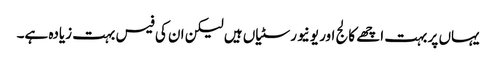
یہاں پر بہت اچھے کالج اور یونیورسٹیاں ہیں لیکن ان کی فیس بہت زیادہ ہے۔